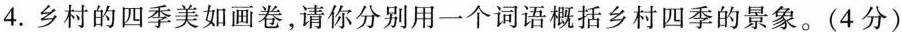
4.乡村的四季美如画卷，请你分别用一个词语概括乡村四季的景象。(4分)